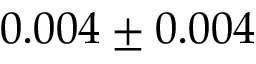
0 . 0 0 4 \pm 0 . 0 0 4